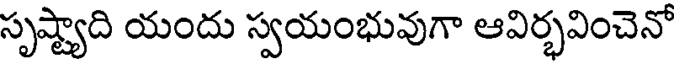
సృష్ట్యాది యందు స్వయంభువుగా ఆవిర్భవించెనో